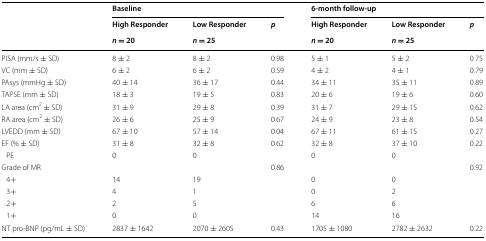
<table><thead><tr><td rowspan="3"></td><td colspan="3"><b>Baseline</b></td><td colspan="3"><b>6-month follow-up</b></td></tr><tr><td><b>High Responder</b></td><td><b>Low Responder</b></td><td rowspan="2"><b><i>p</i></b></td><td><b>High Responder</b></td><td><b>Low Responder</b></td><td rowspan="2"><b><i>p</i></b></td></tr><tr><td><b><i>n</i> = 20</b></td><td><b><i>n</i> = 25</b></td><td><b><i>n</i> = 20</b></td><td><b><i>n</i> = 25</b></td></tr></thead><tbody><tr><td>PISA (mm/s ± SD)</td><td>8 ± 2</td><td>8 ± 2</td><td>0.98</td><td>5 ± 1</td><td>5 ± 2</td><td>0.75</td></tr><tr><td>VC (mm ± SD)</td><td>6 ± 2</td><td>6 ± 2</td><td>0.59</td><td>4 ± 2</td><td>4 ± 1</td><td>0.79</td></tr><tr><td>PAsys (mmHg ± SD)</td><td>40 ± 14</td><td>36 ± 17</td><td>0.44</td><td>34 ± 11</td><td>35 ± 11</td><td>0.89</td></tr><tr><td>TAPSE (mm ± SD)</td><td>18 ± 3</td><td>19 ± 5</td><td>0.83</td><td>20 ± 6</td><td>19 ± 6</td><td>0.60</td></tr><tr><td>LA area (cm<sup>2</sup> ± SD)</td><td>31 ± 9</td><td>29 ± 8</td><td>0.39</td><td>31 ± 7</td><td>29 ± 15</td><td>0.62</td></tr><tr><td>RA area (cm<sup>2</sup> ± SD)</td><td>26 ± 6</td><td>25 ± 9</td><td>0.67</td><td>24 ± 9</td><td>23 ± 8</td><td>0.54</td></tr><tr><td>LVEDD (mm ± SD)</td><td>67 ± 10</td><td>57 ± 14</td><td>0.04</td><td>67 ± 11</td><td>61 ± 15</td><td>0.27</td></tr><tr><td>EF (% ± SD)</td><td>31 ± 8</td><td>32 ± 8</td><td>0.62</td><td>32 ± 8</td><td>37 ± 10</td><td>0.22</td></tr><tr><td> PE</td><td>0</td><td>0</td><td></td><td>0</td><td>0</td><td></td></tr><tr><td>Grade of MR</td><td></td><td></td><td>0.86</td><td></td><td></td><td>0.92</td></tr><tr><td> 4+</td><td>14</td><td>19</td><td></td><td>0</td><td>0</td><td></td></tr><tr><td> 3+</td><td>4</td><td>1</td><td></td><td>0</td><td>2</td><td></td></tr><tr><td> 2+</td><td>2</td><td>5</td><td></td><td>6</td><td>6</td><td></td></tr><tr><td> 1+</td><td>0</td><td>0</td><td></td><td>14</td><td>16</td><td></td></tr><tr><td>NT pro-BNP (pg/mL ± SD)</td><td>2837 ± 1642</td><td>2070 ± 2605</td><td>0.43</td><td>1705 ± 1080</td><td>2782 ± 2632</td><td>0.22</td></tr></tbody></table>